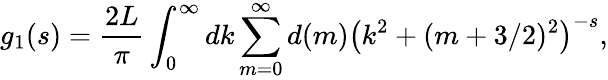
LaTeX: g_{1}(s)=\frac{2L}{\pi}\int_{0}^{\infty}dk\sum_{m=0}^{\infty}d(m)\left(k^{2}+(m+3/2)^{2}\right)^{-s},